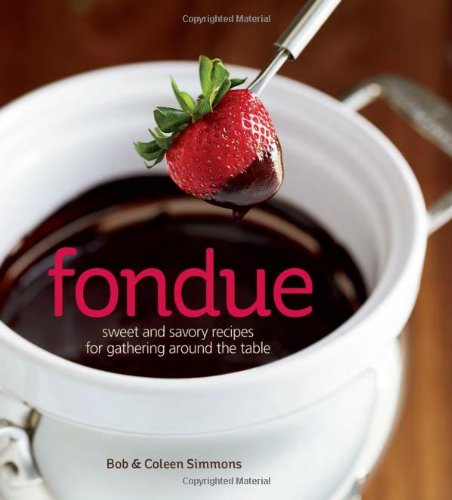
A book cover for Fondue: Sweet and savory recipes for gathering around the table; Coleen Simmons; Cookbooks, Food & Wine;